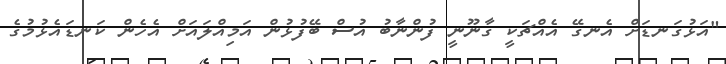
"އަޅުގަނޑަށް އެނގޭ އެއްޗަކީ ގާނޫނީ ފުންނާބު އުސް ބޭފުޅުން އަމިއްލައަށް އެހެން ކަނޑައެޅުމުގެ